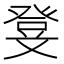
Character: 𭽃